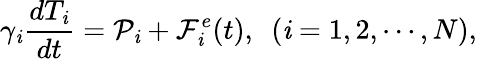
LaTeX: \gamma_{\mathit{i}}\frac{{dT_{\mathit{i}}}}{{dt}}=\mathcal{P}_{\mathit{i}}+\mathcal{F}_{\mathit{i}}^{e}(t),~~(\mathit{i}=1,2,\cdots,N),